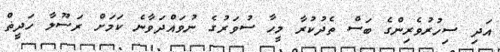
އަދި ސިހުރުވެރިންގެ ބަސް ތެދުކުރާ މީހާ ސުވަރުގެ ނުވައްދަވާނެ ކަމަށް ރަސޫލާ ހަދީޡް